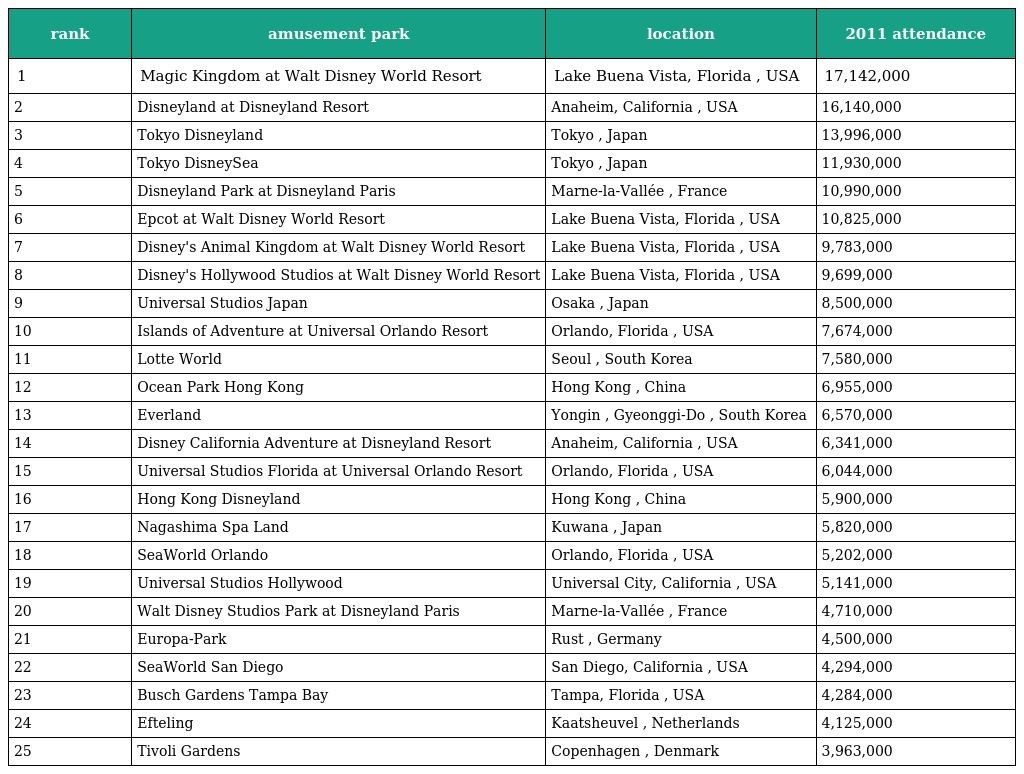
| rank | amusement park | location | 2011 attendance |
 | --- | --- | --- | --- |
 | 1 | Magic Kingdom at Walt Disney World Resort | Lake Buena Vista, Florida , USA | 17,142,000 |
 | 2 | Disneyland at Disneyland Resort | Anaheim, California , USA | 16,140,000 |
 | 3 | Tokyo Disneyland | Tokyo , Japan | 13,996,000 |
 | 4 | Tokyo DisneySea | Tokyo , Japan | 11,930,000 |
 | 5 | Disneyland Park at Disneyland Paris | Marne-la-Vallée , France | 10,990,000 |
 | 6 | Epcot at Walt Disney World Resort | Lake Buena Vista, Florida , USA | 10,825,000 |
 | 7 | Disney's Animal Kingdom at Walt Disney World Resort | Lake Buena Vista, Florida , USA | 9,783,000 |
 | 8 | Disney's Hollywood Studios at Walt Disney World Resort | Lake Buena Vista, Florida , USA | 9,699,000 |
 | 9 | Universal Studios Japan | Osaka , Japan | 8,500,000 |
 | 10 | Islands of Adventure at Universal Orlando Resort | Orlando, Florida , USA | 7,674,000 |
 | 11 | Lotte World | Seoul , South Korea | 7,580,000 |
 | 12 | Ocean Park Hong Kong | Hong Kong , China | 6,955,000 |
 | 13 | Everland | Yongin , Gyeonggi-Do , South Korea | 6,570,000 |
 | 14 | Disney California Adventure at Disneyland Resort | Anaheim, California , USA | 6,341,000 |
 | 15 | Universal Studios Florida at Universal Orlando Resort | Orlando, Florida , USA | 6,044,000 |
 | 16 | Hong Kong Disneyland | Hong Kong , China | 5,900,000 |
 | 17 | Nagashima Spa Land | Kuwana , Japan | 5,820,000 |
 | 18 | SeaWorld Orlando | Orlando, Florida , USA | 5,202,000 |
 | 19 | Universal Studios Hollywood | Universal City, California , USA | 5,141,000 |
 | 20 | Walt Disney Studios Park at Disneyland Paris | Marne-la-Vallée , France | 4,710,000 |
 | 21 | Europa-Park | Rust , Germany | 4,500,000 |
 | 22 | SeaWorld San Diego | San Diego, California , USA | 4,294,000 |
 | 23 | Busch Gardens Tampa Bay | Tampa, Florida , USA | 4,284,000 |
 | 24 | Efteling | Kaatsheuvel , Netherlands | 4,125,000 |
 | 25 | Tivoli Gardens | Copenhagen , Denmark | 3,963,000 |